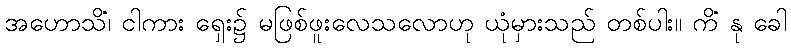
အဟောသိံ၊ ငါကား ရှေး၌ မဖြစ်ဖူးလေသလောဟု ယုံမှားသည် တစ်ပါး။ ကိံ နု ခေါ